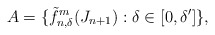
\begin{align*}A=\{\tilde{f}_{n,\delta}^m(J_{n+1}):\delta \in [0,\delta']\},\end{align*}